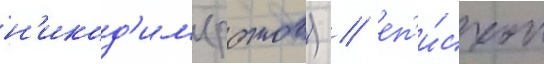
н'икод'им (ротов) / еп'и́скоп